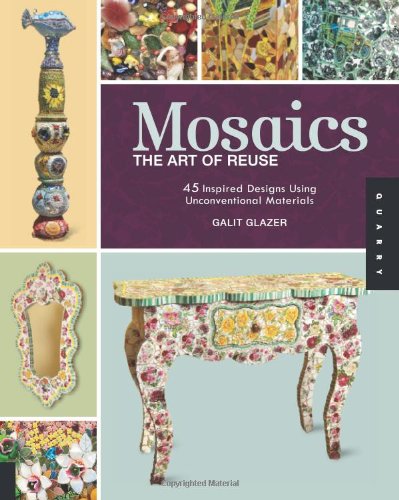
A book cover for Mosaics, The Art of Reuse: 45 Inspired Designs Using Unconventional Materials; Galit Glazer; Arts & Photography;